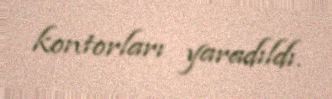
kontorları yaradıldı.